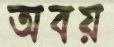
অবয়